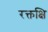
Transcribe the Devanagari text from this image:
रक्तक्षि